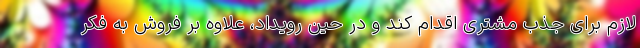
لازم برای جذب مشتری اقدام ‌کند و در حین رویداد، علاوه بر فروش به فکر